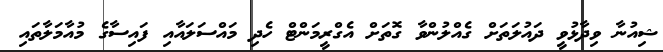
ޝިއުނާ ވިދާޅުވީ ދައުލަތަށް ގެއްލުންވާ ގޮތަށް އެގްރީމަންޓް ހެދި މައްސަލައާއި ފައިސާގެ މުއާމަލާތައި